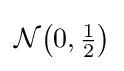
{\textstyle {\mathcal {N}}{\big (}0,{\frac {1}{2}}{\big )}}